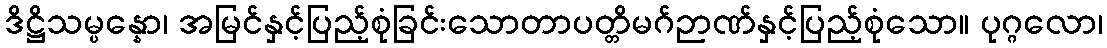
ဒိဋ္ဌိသမ္ပန္နော၊ အမြင်နှင့်ပြည့်စုံခြင်းသောတာပတ္တိမဂ်ဉာဏ်နှင့်ပြည့်စုံသော။ ပုဂ္ဂလော၊